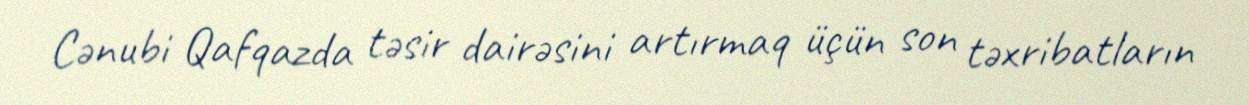
Cənubi Qafqazda təsir dairəsini artırmaq üçün son təxribatların